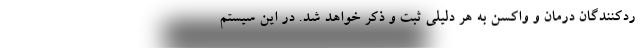
ردکنندگان درمان و واکسن به هر دلیلی ثبت و ذکر خواهد شد. در این سیستم